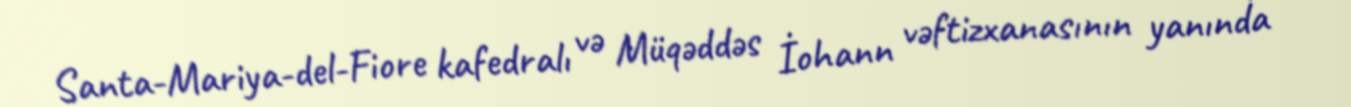
Santa-Mariya-del-Fiore kafedralı və Müqəddəs İohann vəftizxanasının yanında